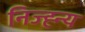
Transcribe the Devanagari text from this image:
निज्ह्न्य